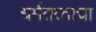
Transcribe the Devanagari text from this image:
धर्मतत्वाचा